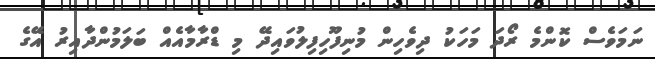
ނަމަވެސް ކޮންމެ ރޯދަ މަހަކު ދިވެހިން މުނިފޫހިފިލުވައިދޭ މި ޑްރާމާއެއް ބަލަމުންދާއިރު އޭގެ